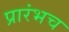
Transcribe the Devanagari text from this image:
प्रारंभच